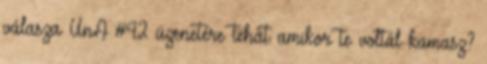
válasza UnA #42 üzenetére tehát amikor te voltál kamasz?